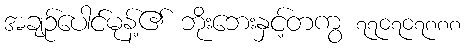
အချဉ်ပေါင်မုန့်၏ ဘိုးဘေးနှင့်တကွ ၇၇၀၇၀၇၈၈၈